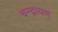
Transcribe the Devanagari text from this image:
चन्द्रायण